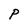
Character: P